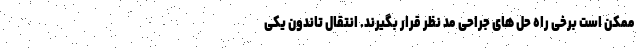
ممکن است برخی راه حل های جراحی مد نظر قرار بگیرند. انتقال تاندون یکی